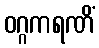
ဝဂ္ဂကရဏိံ